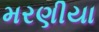
મરણીયા